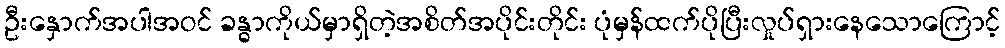
ဦးနှောက်အပါအဝင် ခန္ဓာကိုယ်မှာရှိတဲ့အစိတ်အပိုင်းတိုင်း ပုံမှန်ထက်ပိုပြီးလှုပ်ရှားနေသောကြောင့်